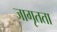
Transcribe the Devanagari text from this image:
जागृतता